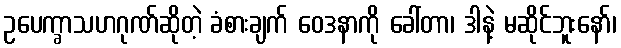
ဥပေက္ခာသဟဂုဏ်ဆိုတဲ့ ခံစားချက် ဝေဒနာကို ခေါ်တာ၊ ဒါနဲ့ မဆိုင်ဘူးနော်၊